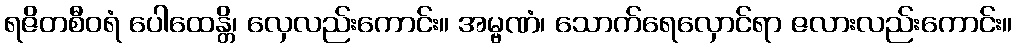
ရဇိတစီဝရံ ပေါထေန္တိ၊ လှေလည်းကောင်း။ အမ္ဗဏံ၊ သောက်ရေလှောင်ရာ ဇလားလည်းကောင်း။